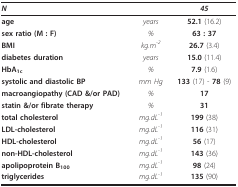
<table><thead><tr><td colspan="2"><b><i>N</i></b></td><td><b><i>45</i></b></td></tr></thead><tbody><tr><td><b>age</b></td><td><i>years</i></td><td><b>52.1 </b>(16.2)</td></tr><tr><td><b>sex ratio (M : F)</b></td><td><i>%</i></td><td><b>63 : 37</b></td></tr><tr><td><b>BMI</b></td><td><i>kg.m</i><sup><i>-2</i></sup></td><td><b>26.7 </b>(3.4)</td></tr><tr><td><b>diabetes duration</b></td><td><i>years</i></td><td><b>15.0 </b>(11.4)</td></tr><tr><td><b>HbA</b><sub><b>1c</b></sub></td><td><i>%</i></td><td><b>7.9 </b>(1.6)</td></tr><tr><td><b>systolic and diastolic BP</b></td><td><i>mm Hg</i></td><td><b>133 </b>(17) - <b>78 </b>(9)</td></tr><tr><td><b>macroangiopathy (CAD &amp;/or PAD)</b></td><td><i>%</i></td><td><b>17</b></td></tr><tr><td><b>statin &amp;/or fibrate therapy</b></td><td><i>%</i></td><td><b>31</b></td></tr><tr><td><b>total cholesterol</b></td><td><i>mg.dL</i><sup><i>-1</i></sup></td><td><b>199 </b>(38)</td></tr><tr><td><b>LDL-cholesterol</b></td><td><i>mg.dL</i><sup><i>-1</i></sup></td><td><b>116 </b>(31)</td></tr><tr><td><b>HDL-cholesterol</b></td><td><i>mg.dL</i><sup><i>-1</i></sup></td><td><b>56 </b>(17)</td></tr><tr><td><b>non-HDL-cholesterol</b></td><td><i>mg.dL</i><sup><i>-1</i></sup></td><td><b>143 </b>(36)</td></tr><tr><td><b>apolipoprotein B</b><sub><b>100</b></sub></td><td><i>mg.dL</i><sup><i>-1</i></sup></td><td><b>98 </b>(24)</td></tr><tr><td><b>triglycerides</b></td><td><i>mg.dL</i><sup><i>-1</i></sup></td><td><b>135 </b>(90)</td></tr></tbody></table>